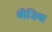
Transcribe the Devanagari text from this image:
वीजिया